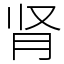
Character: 肾